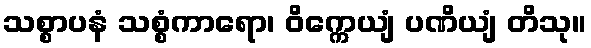
သစ္စာပနံ သစ္စံကာရော၊ ဝိက္ကေယျံ ပဏိယျံ တိသု။